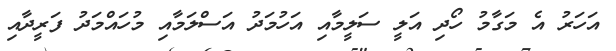
އަހަރު އެ މަގާމު ހޯދި އަލީ ސަލީމާއި އަހުމަދު އަސްލަމާއި މުހައްމަދު ފަރީދާއި